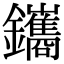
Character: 鑴